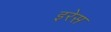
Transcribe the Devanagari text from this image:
इरेस